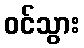
ဝင်သွား